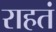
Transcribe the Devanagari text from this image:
राहतं